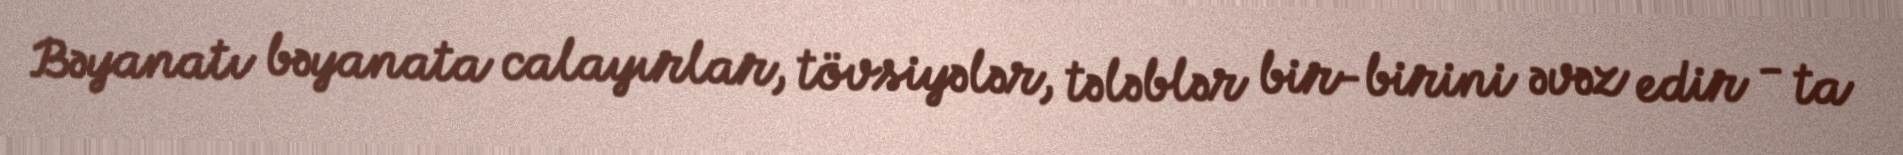
Bəyanatı bəyanata calayırlar, tövsiyələr, tələblər bir-birini əvəz edir - ta